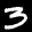
Label: 3